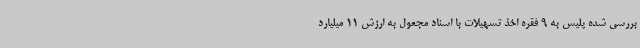
بررسی شده پلیس به 9 فقره اخذ تسهیلات با اسناد مجعول به ارزش 11 میلیارد